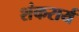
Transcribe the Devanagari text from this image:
शंकरार्य